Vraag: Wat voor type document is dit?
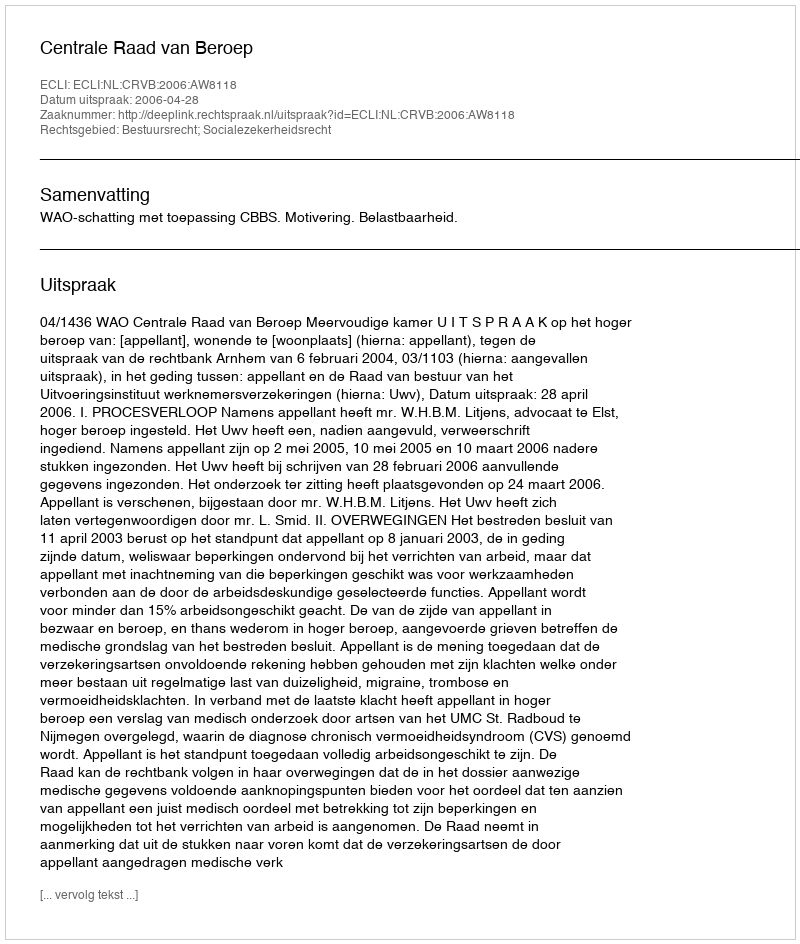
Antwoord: Uitspraak